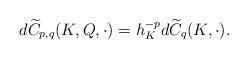
LaTeX: \begin{align*}d\widetilde{C}_{p,q}(K,Q,\cdot)=h_K^{-p}d\widetilde{C}_q(K,\cdot).\end{align*}